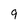
Character: 9